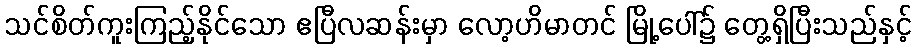
သင်စိတ်ကူးကြည့်နိုင်သော ဧပြီလဆန်းမှာ လော့ဟိမာတင် မြို့ပေါ်၌ တွေ့ရှိပြီးသည်နှင့်